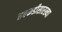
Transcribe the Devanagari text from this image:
तबकडीसारख्या